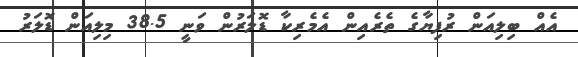
އެއް ބިލިއަން ރުފިޔާގެ ތެރެއިން އެމެރިކާ ޑޮލަރުން ވަނީ 38.5 މިލިއަން ޑޮލަރު